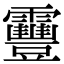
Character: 靊